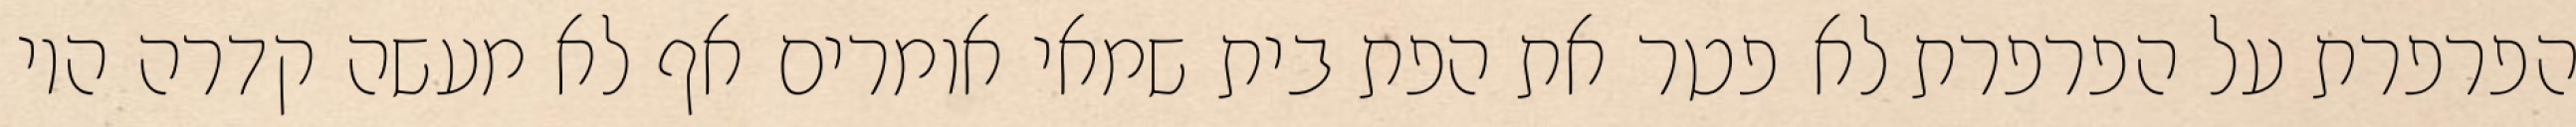
הפרפרת על הפרפרת לא פטר את הפת בית שמאי אומרים אף לא מעשה קדרה היו